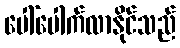
ပေါ်ပေါက်လာနိုင်သည်